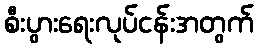
စီးပွားရေးလုပ်ငန်းအတွက်